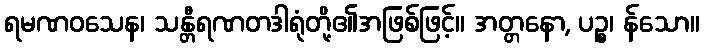
ရမဏဝသေန၊ သန္တီရဏတဒါရုံတို့၏အဖြစ်ဖြင့်။ အတ္တနော, ပဉ္စ၊ န်သော။